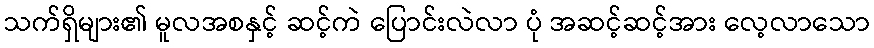
သက်ရှိများ၏ မူလအစနှင့် ဆင့်ကဲ ပြောင်းလဲလာ ပုံ အဆင့်ဆင့်အား လေ့လာသော